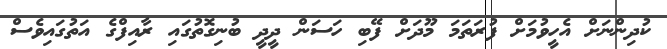
ކުދިންނަށް އެހީވުމަށް ފުރަތަމަ މޫދަށް ފޭބި ހަސަން ދީދީ ބުނިގޮތުގައި ރާއިފްގެ އަތުގައިވެސް